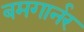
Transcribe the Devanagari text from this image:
बमगार्नर